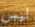
ليس